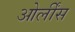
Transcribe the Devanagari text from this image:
ओर्लींस